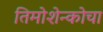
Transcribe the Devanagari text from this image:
तिमोशेन्कोचा